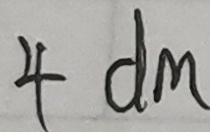
4 d m